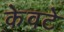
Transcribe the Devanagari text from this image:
केवटे